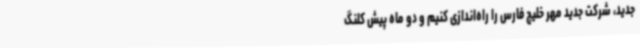
جدید، شرکت جدید مهر خلیج فارس را راه‌اندازی کنیم و دو ماه پیش کلنگ